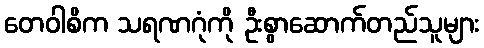
တေဝါစိက သရဏဂုံကို ဦးစွာဆောက်တည်သူများ